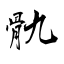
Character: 骩